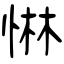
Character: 惏